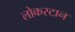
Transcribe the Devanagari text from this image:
लोकस्टान